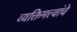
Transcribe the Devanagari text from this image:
व्यक्तिमत्त्वांचे